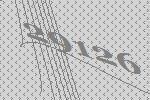
29126